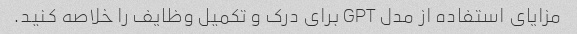
مزایای استفاده از مدل GPT برای درک و تکمیل وظایف را خلاصه کنید.